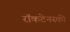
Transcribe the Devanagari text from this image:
राॅकटेनस्की